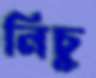
নিচু